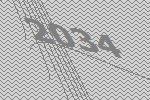
2034